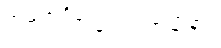
အမရာဝိက္ခေပဝါဒဝဏ္ဏနာ။